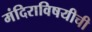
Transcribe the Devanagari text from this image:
मंदिराविषयीची